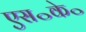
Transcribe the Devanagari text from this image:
एस॰के॰